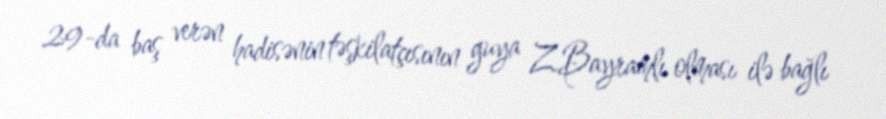
29-da baş verən hadisənin təşkilatçısının guya Z.Bayramlı olması ilə bağlı